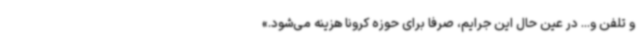
و تلفن و... در عین حال این جرایم، صرفا برای حوزه کرونا هزینه می‌شود.»